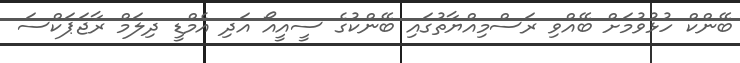
ބޭންކް ހުޅުވުމަށް ބޭއްވި ރަސްމިއްޔާތުގައި ބޭންކުގެ ސީއީއޯ އަދި އެމްޑީ ދިލަމް ރާޖަޕަކްސަ